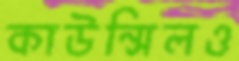
কাউন্সিলও